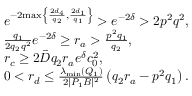
\begin{array} { r l } & { { e ^ { - 2 { \operatorname* { m a x } \left\{ \frac { 2 d _ { 4 } } { q _ { 2 } } , \frac { 2 d _ { 1 } } { q _ { 1 } } \right\} } } } > { e ^ { - 2 { \delta } } } > 2 { p ^ { 2 } q ^ { 2 } } , } \\ & { \frac { q _ { 1 } } { 2 q _ { 2 } q ^ { 2 } } { e ^ { - 2 { \delta } } } \ge { r _ { a } } > \frac { p ^ { 2 } q _ { 1 } } { q _ { 2 } } , } \\ & { { { r _ { c } } } \ge 2 \bar { D } q _ { 2 } { r _ { a } } { e ^ { { \delta } } } c _ { 0 } ^ { 2 } , } \\ & { 0 < r _ { d } \le \frac { { \lambda _ { \mathrm { m i n } } ( Q _ { 1 } ) } } { 2 | P _ { 1 } B | ^ { 2 } } \left( q _ { 2 } { r _ { a } } - { p ^ { 2 } q _ { 1 } } \right) . } \end{array}